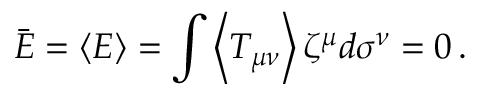
\bar { E } = \left\langle E \right\rangle = \int \left\langle T _ { \mu \nu } \right\rangle \zeta ^ { \mu } d \sigma ^ { \nu } = 0 \, .